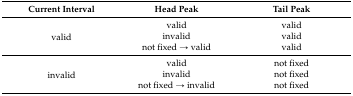
| Current Interval | Head Peak | Tail Peak |
 | --- | --- | --- |
 | <ROWSPAN=3> valid | valid | valid |
 | invalid | valid |
 | not fixed → valid | valid |
 | <ROWSPAN=3> invalid | valid | not fixed |
 | invalid | not fixed |
 | not fixed → invalid | not fixed |